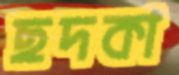
ছদকা